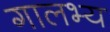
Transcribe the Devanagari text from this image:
गालभ्य